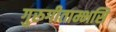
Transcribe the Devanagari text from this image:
गुरुगीताम्भसि